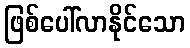
ဖြစ်ပေါ်လာနိုင်သော